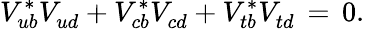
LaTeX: V_{ub}^{*}V_{ud}^{\phantom{*}}+V_{cb}^{*}V_{cd}^{\phantom{*}}+V_{tb}^{*}V_{td}^{\phantom{*}}\, =\, 0.